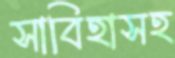
সাবিহাসহ